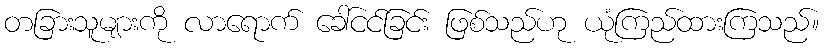
တခြားသူများကို လာရောက် ခေါ်ငင်ခြင်း ဖြစ်သည်ဟု ယုံကြည်ထားကြသည်။